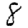
Digit: 8